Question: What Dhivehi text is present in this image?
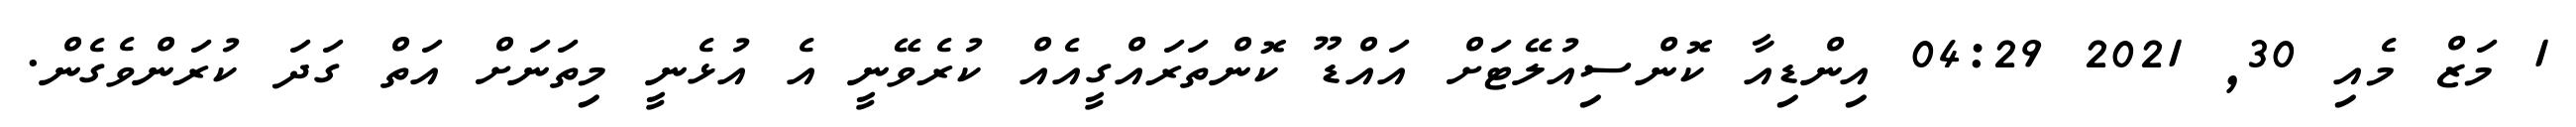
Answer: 1 މަޒް މެއި 30, 2021 04:29 އިންޑިއާ ކޮންސިއުލޭޓަށް އައްޑޫ ކޮންތަރައްގީއެއް ކުރެވޭނީ އެ އުޅެނީ މިތަނަށް އަތް ގަދަ ކުރަންވެގެން.